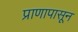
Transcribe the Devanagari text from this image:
प्राणापासून